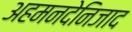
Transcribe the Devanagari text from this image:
अहमनदेनिजाद